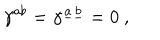
\gamma ^ { a b } = \gamma ^ { \underline { { a } } \underline { { b } } } = 0 \ ,